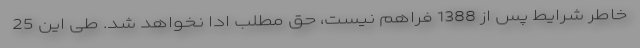
خاطر شرایط پس از 1388 فراهم نیست، حق مطلب ادا نخواهد شد. طی این 25